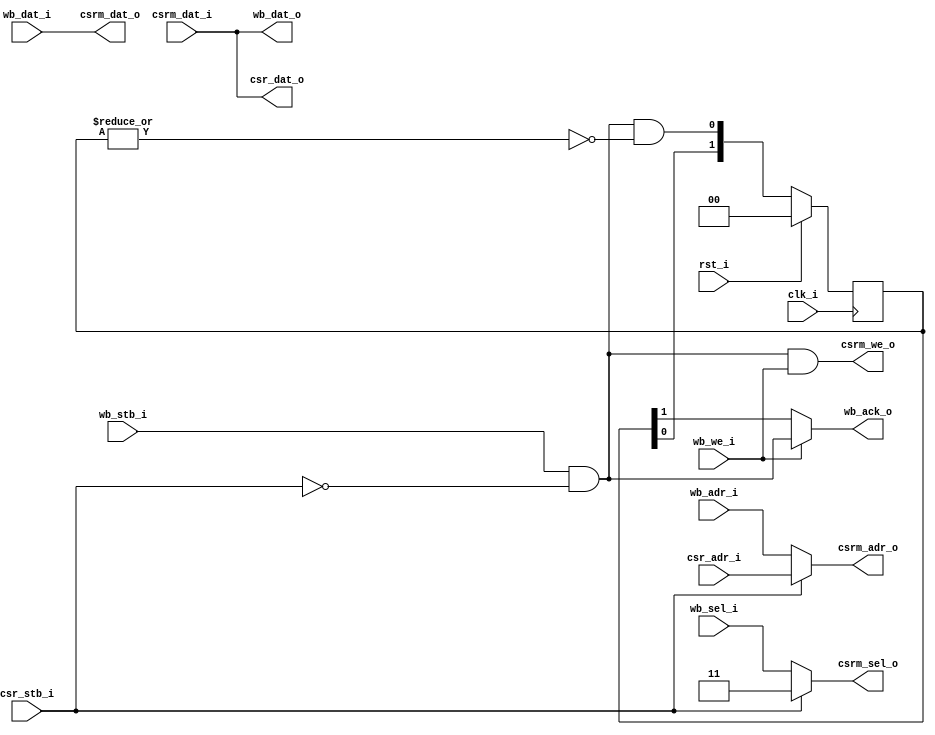
module vga_mem_arbitrer (
    input clk_i,
    input rst_i,

    // Wishbone slave 1
    input  [17:1] wb_adr_i,
    input  [ 1:0] wb_sel_i,
    input         wb_we_i,
    input  [15:0] wb_dat_i,
    output [15:0] wb_dat_o,
    input         wb_stb_i,
    output        wb_ack_o,

    // CSR slave 1
    input  [17:1] csr_adr_i,
    output [15:0] csr_dat_o,
    input         csr_stb_i,

    // CSR master
    output [17:1] csrm_adr_o,
    output [ 1:0] csrm_sel_o,
    output        csrm_we_o,
    output [15:0] csrm_dat_o,
    input  [15:0] csrm_dat_i
  );

  // Registers
  reg  [1:0] wb_ack;
  wire       wb_ack_r;
  wire       wb_ack_w;

  // Continous assignments
  assign csrm_adr_o = csr_stb_i ? csr_adr_i : wb_adr_i;
  assign csrm_sel_o = csr_stb_i ? 2'b11 : wb_sel_i;
  assign csrm_we_o  = wb_stb_i & !csr_stb_i & wb_we_i;
  assign csrm_dat_o = wb_dat_i;

  assign wb_dat_o  = csrm_dat_i;
  assign csr_dat_o = csrm_dat_i;

  assign wb_ack_r = wb_ack[1];
  assign wb_ack_w = wb_stb_i & !csr_stb_i;
  assign wb_ack_o = wb_we_i ? wb_ack_w : wb_ack_r;

  // Behaviour
  always @(posedge clk_i)
    wb_ack <= rst_i ? 2'b00
      : { wb_ack[0], (wb_stb_i & !csr_stb_i & !(|wb_ack)) };

endmodule